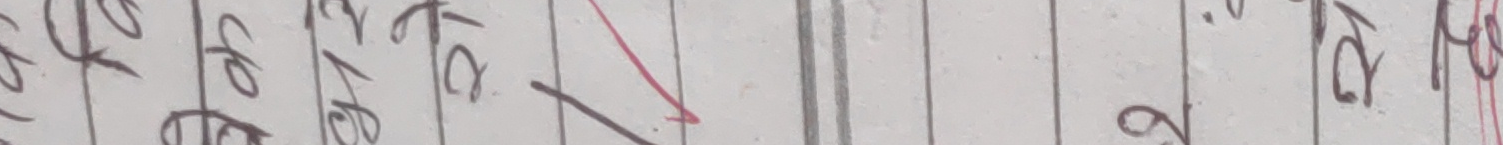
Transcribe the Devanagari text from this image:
तैत मो